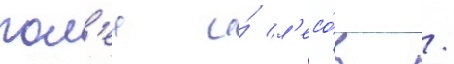
пол'еи и́ л'есо́в /